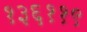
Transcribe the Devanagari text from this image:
१३६११९